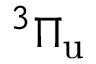
^ 3 \Pi _ { \mathrm { u } }